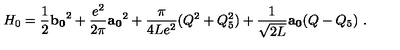
H _ { 0 } = \frac { 1 } { 2 } { \bf b _ { 0 } } ^ { 2 } + \frac { e ^ { 2 } } { 2 \pi } { \bf a _ { 0 } } ^ { 2 } + \frac { \pi } { 4 L e ^ { 2 } } ( Q ^ { 2 } + Q _ { 5 } ^ { 2 } ) + \frac { 1 } { \sqrt { 2 L } } { \bf a _ { 0 } } ( Q - Q _ { 5 } ) \ .